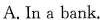
A. In a bank.